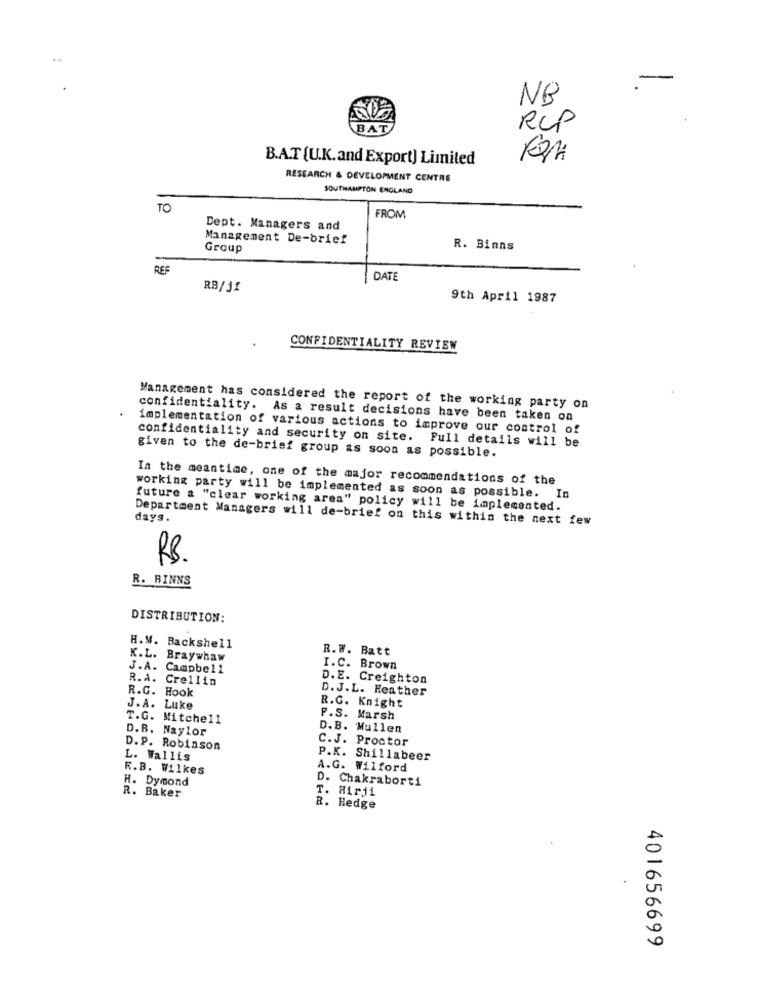
-
NB
BAT
RCP
B.A.T (U.K.and Export) Limited
RESEARCH & DEVELOPMENT CENTRE
SOUTHAMPTON ENGLAND
TO
FROM
Dept. Managers and
Management De-brief
Group
R. Binns
REF
DATE
RB/j1
9th April 1987
CONFIDENTIALITY REVIEW
Management has considered the report of the working party on
confidentiality. As a result decisions have been taken on
implementation of various actions to improve our control of
confidentiality and security on site. Full details will be
given to the de-brief group as soon as possible.
In the meantime, one of the major recommendations of the
working party will be implemented as soon as possible. In
future a "clear working area" policy will be implemented.
days.
Department Managers will de-brief on this within the next few
RB.
R. BINNS
DISTRIBUTION:
H.M. Backshell
R.W. Batt
K.L. Braywhaw
J.A. Campbell
I.C. Brown
R.A. Crellin
D.E. Creighton
R.G. Hook
D. J.L. Heather
R.G. Knight
J.A. Luke
T.G. Mitchell
P.S. Marsh
D.B. Naylor
D.B. Mullen
C.J. Proctor
D.P. Robinson
L. Wallis
P.K. Shillabeer
R.B. Wilkes
A.G. Wilford
H. Dymond
D. Chakraborti
T. Hirji
R. Baker
R. Hedge
401656699